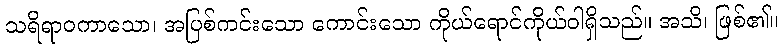
သရိရာဝကာသော၊ အပြစ်ကင်းသော ကောင်းသော ကိုယ်ရောင်ကိုယ်ဝါရှိသည်။ အသိ၊ ဖြစ်၏။